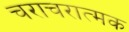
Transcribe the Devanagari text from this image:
चराचरात्मक